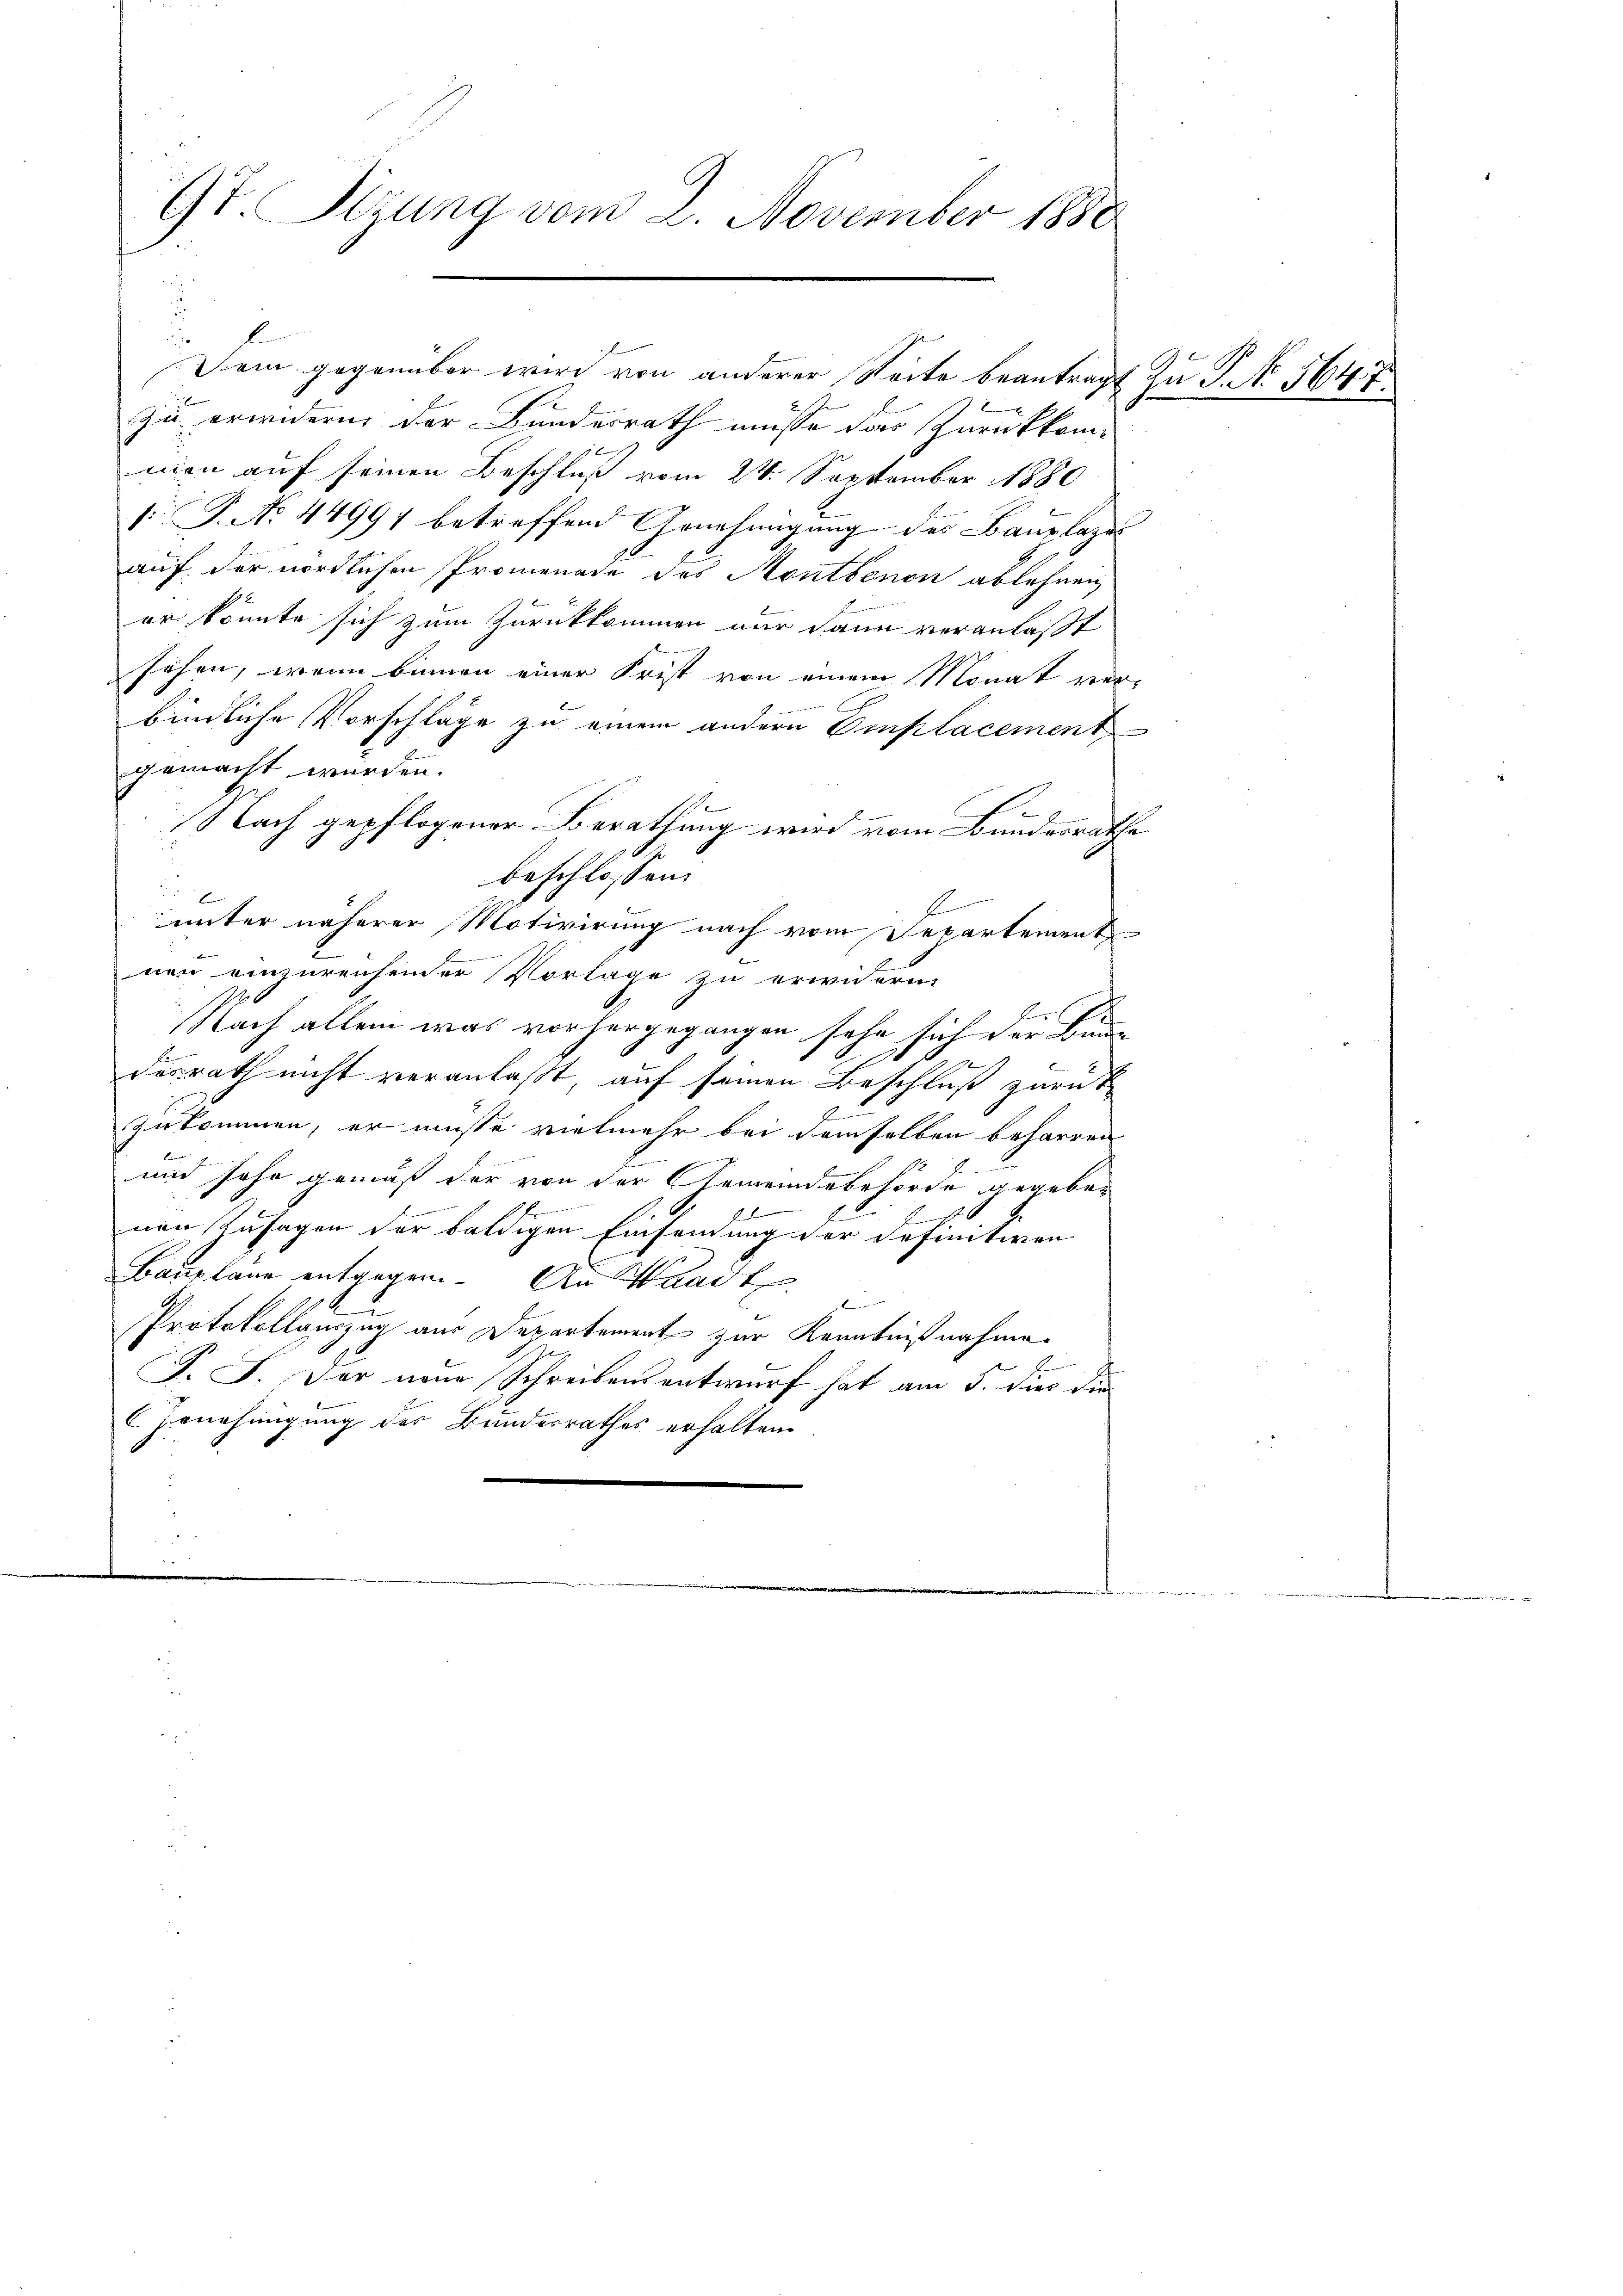
t. Stzung vom 2. November 1880

F
Dem gegenüber wird von anderer Seite beantragt zu P. No 1647.
zu erwidern der Bundesrath müsse das Zurückkommen auf seinen Beschluß vom 24. September 1880
s P. No. 44997 betreffend Genehmigung des Bauplazi
auf, der nördlichen Promenade des Montbenen ablehnen
er könnte sich zum Zurückkommen nur dann veranlaßt
i
sehen, wenn binnen einer Frist von einem Monat ver¬
C
n der einen
bindliche Vorschläge zu einem andern Oplacement
gemacht würden.
se
Nach gepflogener Berathung wird vom Bundesrathe
beschlossen:
E
unter näherer Motivirung nach vom Separtement
nen einzureichender Vorlage zu erwidern.
P
e
Nach allem was vorhergegangen sehe sich der Baur
i
1
desrath nicht veranlaßt, auf seinen Beschluß zurück
zukommen, er müsse vielmehr bei demselben beharren
.
und soho gemäß der von der Gemeindebehörde gegeben
6
.
nen Zusagen der baldigen Einsamung der definitiven
Baupläne entgegen. An Waadt
Protokollauszug aus Departement zur Kenntnißnahme

F. J. Der neue Schreibensentwurf hat am 3. dies die
Genehmigung der Bundesrathes erhalten.